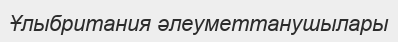
Ұлыбритания әлеуметтанушылары